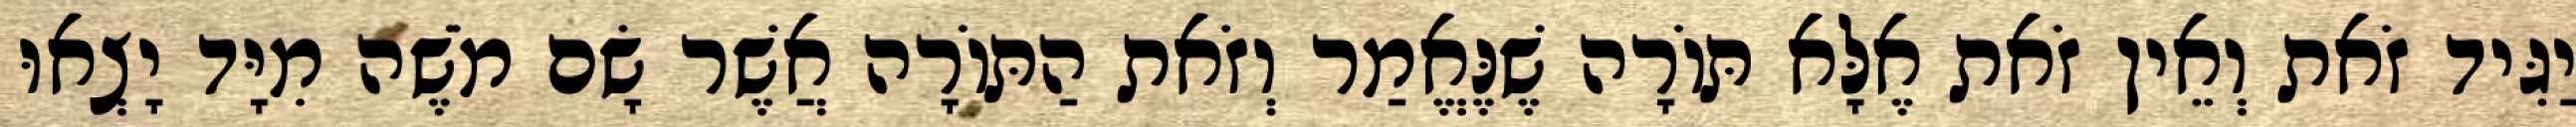
יַגִּיד זֹאת וְאֵין זֹאת אֶלָּא תּוֹרָה שֶׁנֶּאֱמַר וְזֹאת הַתּוֹרָה אֲשֶׁר שָׂם מֹשֶׁה מִיָּד יָצְאוּ